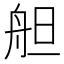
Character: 𦨪